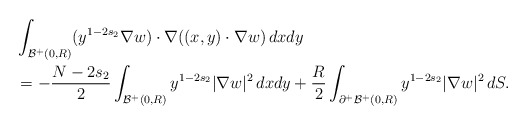
\begin{align*}&\int_{\mathcal{B}^+(0, R)}(y^{1-2s_2} \nabla w) \cdot \nabla ((x, y) \cdot \nabla w)\,dxdy\\&=-\frac{N-2s_2}{2} \int_{\mathcal{B}^+(0, R)} y^{1-2s_2} |\nabla w|^2\,dxdy+ \frac R 2 \int_{\partial^+\mathcal{B}^+(0, R)} y^{1-2s_2} |\nabla w|^2\,dS.\end{align*}